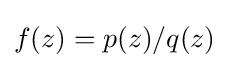
f(z)=p(z)/q(z)